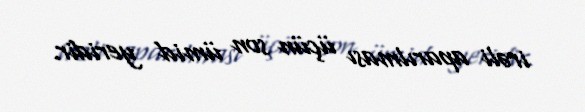
irəli aparılması üçün son ümid yeridir.